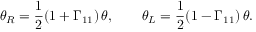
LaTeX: \theta _ { R } = { \frac { 1 } { 2 } } ( 1 + \Gamma _ { 1 1 } ) \, \theta , \qquad \theta _ { L } = { \frac { 1 } { 2 } } ( 1 - \Gamma _ { 1 1 } ) \, \theta .